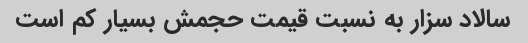
سالاد سزار به نسبت قیمت حجمش بسیار کم است